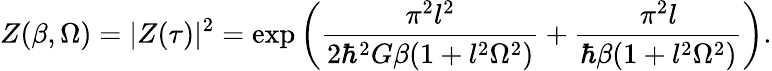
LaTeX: Z(\beta,\Omega)=|Z(\tau)|^{2}=\exp\left(\frac{\pi^{2}l^{2}}{2\hbar^{2}G\beta(1+l^{2}\Omega^{2})}+\frac{\pi^{2}l}{\hbar\beta(1+l^{2}\Omega^{2})}\right).